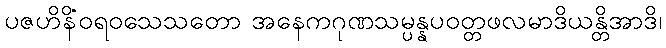
ပဇဟိနိဝရဝသေသတော အနေကဂုဏသမ္ပန္နံပဝတ္တဖလမာဒိယန္တိအာဒိ၊